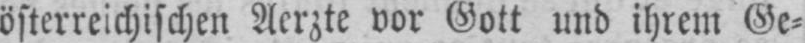
österreichischen Aerzte vor Gott und ihrem Ge⸗